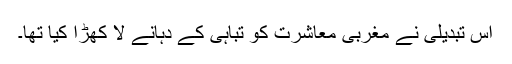
اس تبدیلی نے مغربی معاشرت کو تباہی کے دہانے لا کھڑا کیا تھا۔